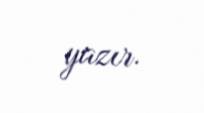
yazır.